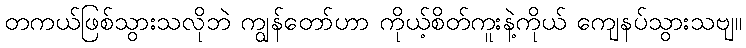
တကယ်ဖြစ်သွားသလိုဘဲ ကျွန်တော်ဟာ ကိုယ့်စိတ်ကူးနဲ့ကိုယ် ကျေနပ်သွားသဗျ။